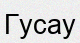
Гусау